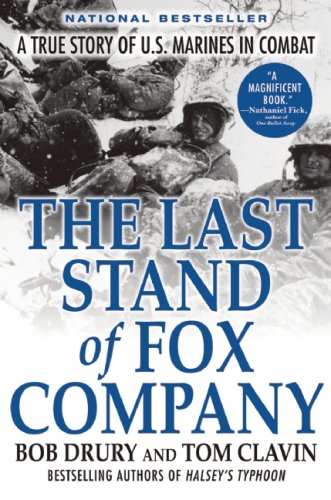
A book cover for The Last Stand of Fox Company: A True Story of U.S. Marines in Combat; Bob Drury; History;